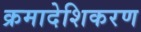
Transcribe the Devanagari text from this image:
क्रमादेशिकरण